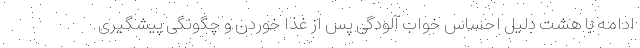
ادامه با هشت دلیل احساس خواب آلودگی پس از غذا خوردن و چگونگی پیشگیری